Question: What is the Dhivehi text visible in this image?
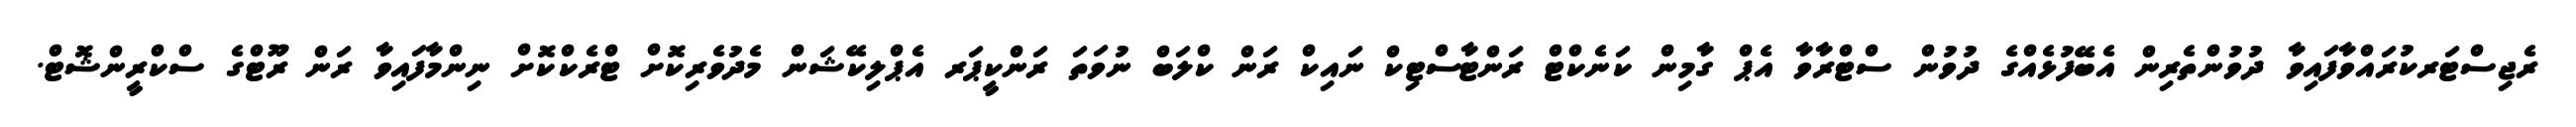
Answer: ރެޖިސްޓަރކުރައްވާފައިވާ ދުވުންތެރިން އެބޭފުޅެއްގެ ދުވުން ސްޓްރާވާ އެޕް ގާމިން ކަނެކްޓް ރަންޓާސްޓިކް ނައިކް ރަން ކްލަބް ނުވަތަ ރަންކީޕަރ އެޕްލިކޭޝަން މެދުވެރިކޮށް ޓްރެކްކޮށް ނިންމާފައިވާ ރަން ރޫޓްގެ ސްކްރީންޝޮޓް.